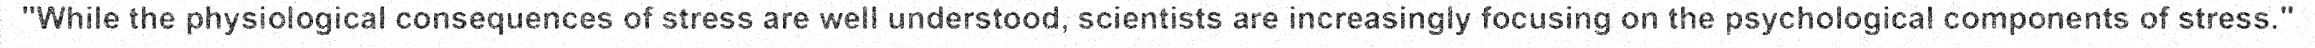
"While the physiological consequences of stress are well understood, scientists are increasingly focusing on the psychological components of stress."